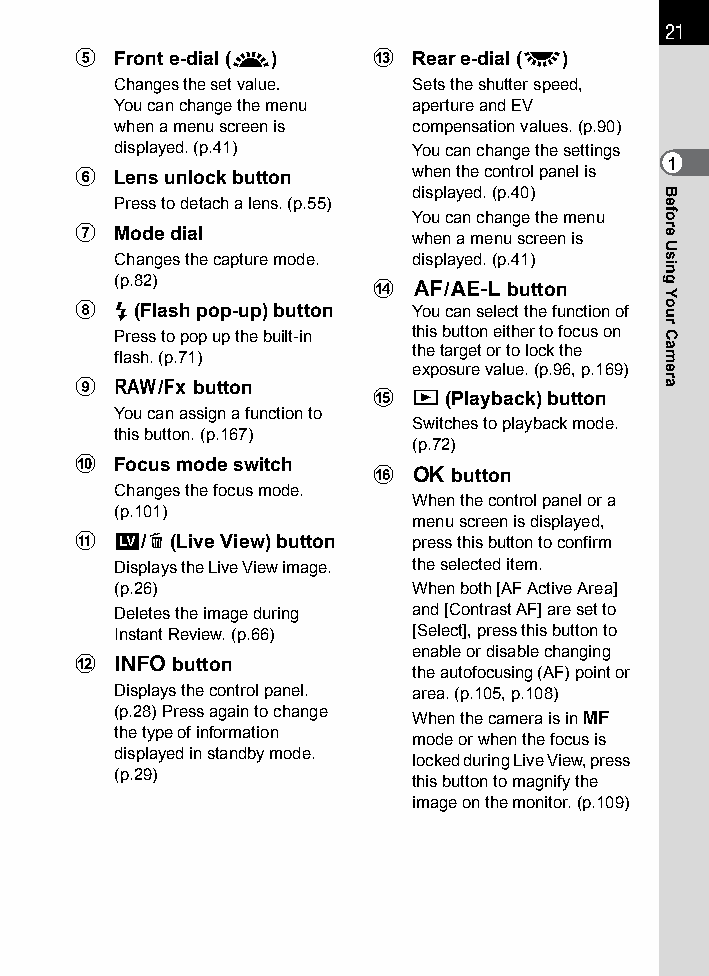
21
 5 Front e-dial (R) c  Rear e-dial (S)
 Changes the set value. Sets the shutter speed,
 You can change the menu aperture and EV
 when a menu screen is compensation values. (p.90)
 displayed. (p.41)   You can change the settings
 1
 6 Lens unlock button  when the control panel is
 displayed. (p.40)
 Press to detach a lens. (p.55)
 You can change the menu
 7 Mode dial           when a menu screen is
 Changes the capture mode. displayed. (p.41)
 (p.82)
 d  =/L   button
 8 E (Flash pop-up) button You can select the function of
 Press to pop up the built-in this button either to focus on
 the target or to lock the
 flash. (p.71)
 exposure value. (p.96, p.169)
 9 V/Y   button
 e  Q (Playback) button
 You can assign a function to
 Switches to playback mode.
 this button. (p.167)
 (p.72)
 0 Focus mode switch
 f  4  button
 Changes the focus mode.
 When the control panel or a
 (p.101)
 menu screen is displayed,
 a U/i (Live View) button press this button to confirm
 Displays the Live View image. the selected item.
 (p.26)              When both [AF Active Area]
 Deletes the image during and [Contrast AF] are set to
 Instant Review. (p.66) [Select], press this button to
 enable or disable changing
 b M   button
 the autofocusing (AF) point or
 Displays the control panel. area. (p.105, p.108)
 (p.28) Press again to change
 When the camera is in \
 the type of information
 mode or when the focus is
 displayed in standby mode.
 locked during Live View, press
 (p.29)
 this button to magnify the
 image on the monitor. (p.109)
 Before
 Using
 Your
 Camera